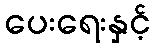
ပေးရေးနှင့်